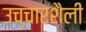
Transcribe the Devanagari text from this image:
उच्चारशैली